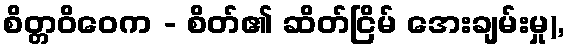
စိတ္တဝိဝေက - စိတ်၏ ဆိတ်ငြိမ် အေးချမ်းမှု),